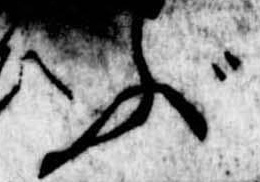
ぶ